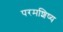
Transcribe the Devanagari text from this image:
परमशिष्य